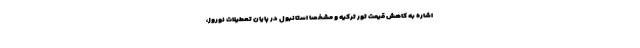
اشاره به کاهش قیمت تور ترکیه و مشخصا استانبول در پایان تعطیلات نوروز،